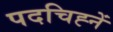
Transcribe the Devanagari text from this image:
पदचिह्नें